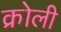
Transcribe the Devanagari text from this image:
क्रोली